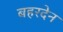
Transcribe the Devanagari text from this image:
बहरदेन